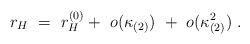
LaTeX: \begin{align*}r_H\ =\ r_H^{(0)} +\ o(\kappa_{(2)})\ +\ o(\kappa_{(2)}^2)\ .\end{align*}